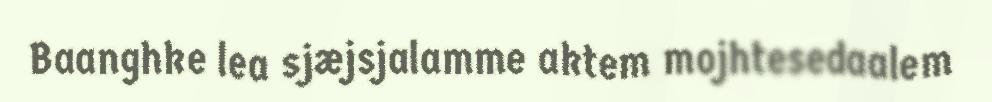
Baanghke lea sjæjsjalamme aktem mojhtesedaalem